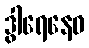
ဒွါရေနေဝ